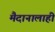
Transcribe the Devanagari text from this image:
मैदानालाही